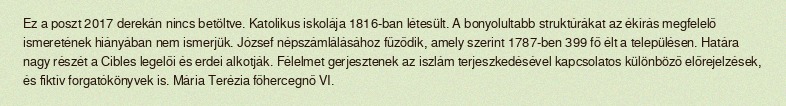
Ez a poszt 2017 derekán nincs betöltve. Katolikus iskolája 1816-ban létesült. A bonyolultabb struktúrákat az ékírás megfelelő ismeretének hiányában nem ismerjük. József népszámlálásához fűződik, amely szerint 1787-ben 399 fő élt a településen. Határa nagy részét a Cibles legelői és erdei alkotják. Félelmet gerjesztenek az iszlám terjeszkedésével kapcsolatos különböző előrejelzések, és fiktív forgatókönyvek is. Mária Terézia főhercegnő VI.